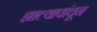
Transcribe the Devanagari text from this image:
झाल्यावांचून